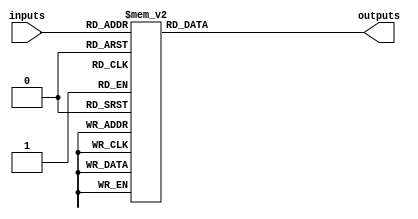
module decoder_3to8(
    input wire [2:0] inputs,
    output reg [7:0] outputs
);

always @(*)
begin
    case(inputs)
        3'b000: outputs = 8'b00000001;
        3'b001: outputs = 8'b00000010;
        3'b010: outputs = 8'b00000100;
        3'b011: outputs = 8'b00001000;
        3'b100: outputs = 8'b00010000;
        3'b101: outputs = 8'b00100000;
        3'b110: outputs = 8'b01000000;
        3'b111: outputs = 8'b10000000;
        default: outputs = 8'b00000000;
    endcase
end

endmodule